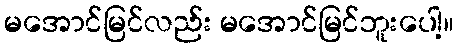
မအောင်မြင်လည်း မအောင်မြင်ဘူးပေါ့။